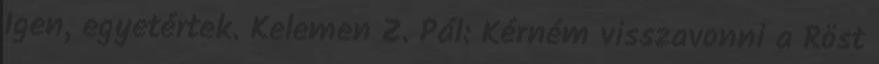
Igen, egyetértek. Kelemen Z. Pál: Kérném visszavonni a Röst